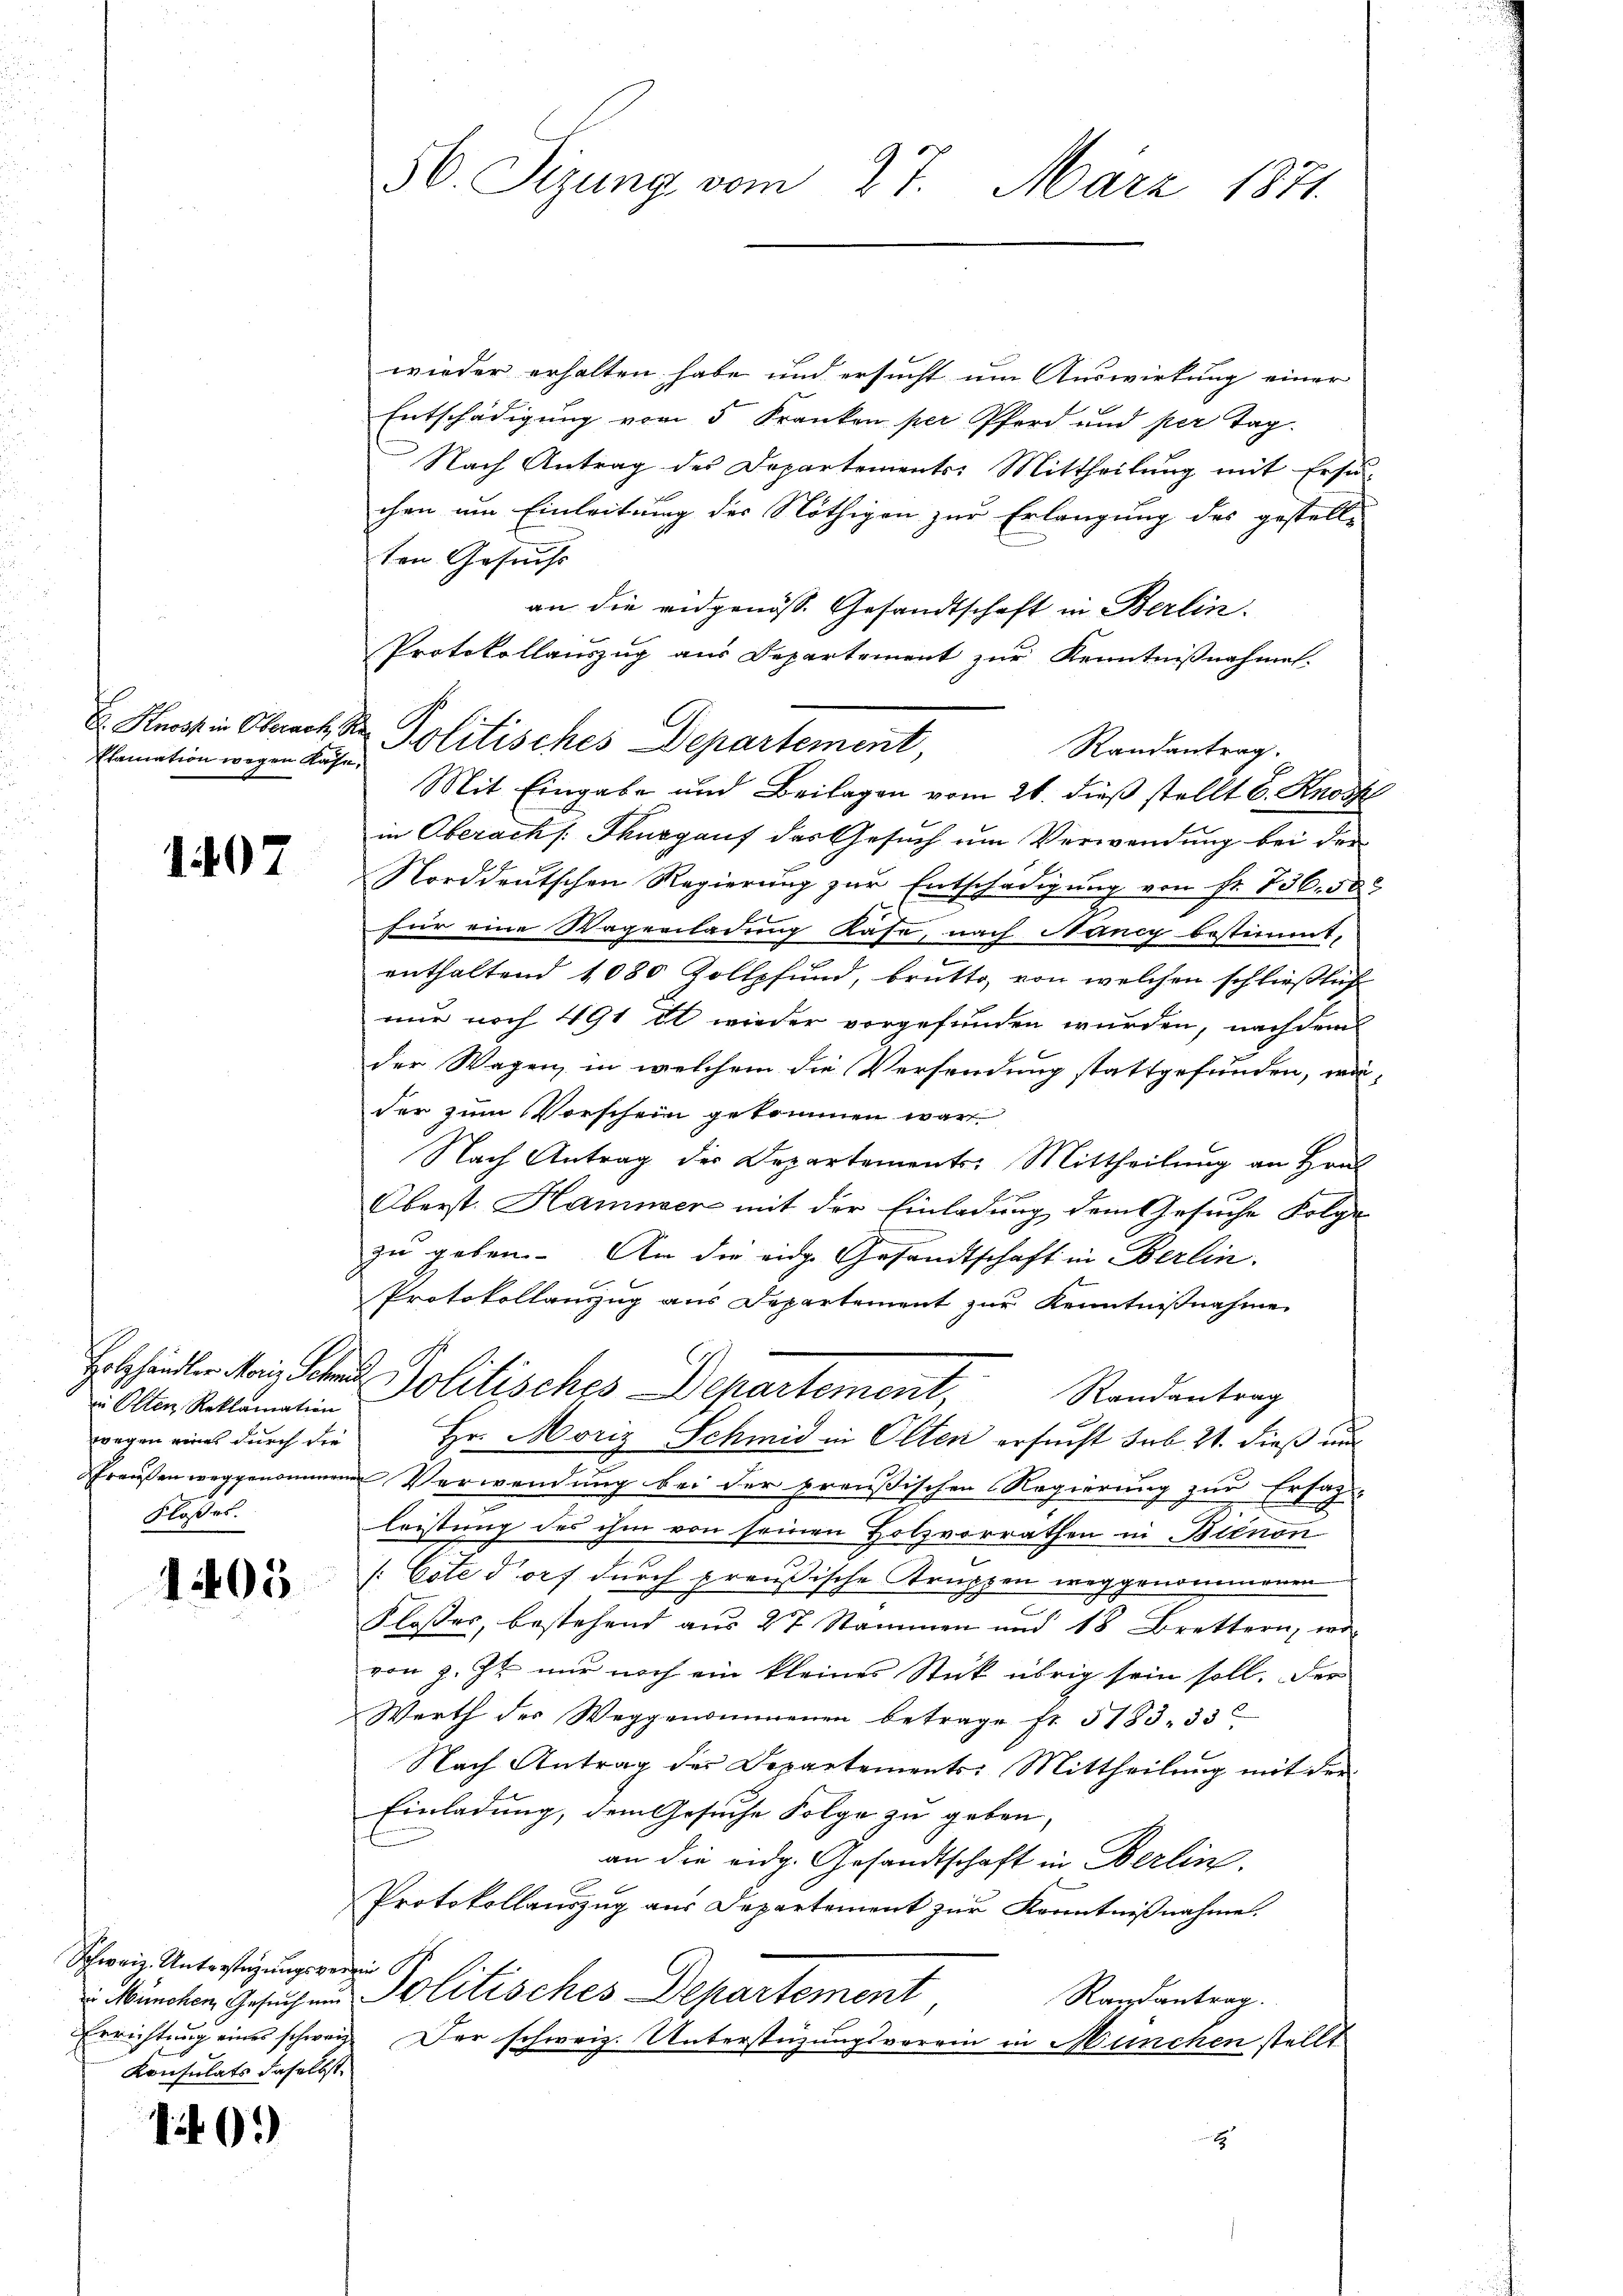
klamation wegen Kase,

1407

in Olten, Reklamation
wegen eines durch die
Spreußen weggenommene
Flosses.

1405

Schweiz. Unterstützungsverein
Errichtung eines schweize
Konsulats daselbst.

1405)

56 Sizung vom 27. März 1871

E. Strost in Oberach der Politisches Departement
Randantrag.

wieder erhalten habe und ersucht um Auswirkung einer
Entschädigung vom 5 Franken per Pferd und per Tag.
Nach Antrag des Departements: Mittheilung mit Ersu
chen um Einleitung des Nöthigen zur Erlangung des gestell-
ten Gesuchs
an die eidgenöss. Gesandtschaft in Berlin.
Protokollauszug aus Departement zur Kenntnißnahmen.
Mit Eingabe und Beilagen vom 21. dieß stellt C. Knoss
in Oberach /: Thurgauf das Gesuch um Verwendung bei der
Norddeutschen Regierŭng zur Entschädigŭng von Fr. 736. 52
für eine Wagenladung Kase, nach Manig bestimmt,
enthaltend 1080 Zollpfund, brutto, von welchen schließlich
nur noch 491 u wieder vorgefunden wurden, nachdem
der Wagen, in welchem die Versendung stattgefunden, wä-
der zum Vorschein gekommen war
Nach Antrag der Departements-Mittheilung an Hrn.
Oberst. Hammen mit der Einladung dem Gesuche Folge
zu geben. An die eige Gesandtschaft in Berlin.
Protokollauszug aus Departement zur Kenntnißnahme
Holzhändler Mai Schen Politisches Departement
Randantrag
Hr. Moriz Schmid in Olten ersucht sub 21. dieß und
Verwendung bei der preußischen Regierung zur Erfah-
leistung des ihm von seinen Holzvorrathen in Bienon
[Cote dorf durch preußische Truppen weggenommenen
Kloses, bestehend aus 27 Stammen und 18 Brettern, wo
von z. Zt. nur noch ein kleines Stück übrig sein soll. Der
Werth des Weggenommenen betrage fr. 5183. 33
Nach Antrag der Departements: Mittheilung mit der
Einladung, dem Gesuche Folge zu geben,
an die eidg. Gesandtschaft in Berlin.
Protokollaŭszŭg aŭs Departement zŭr Kenntnißnahme.
 München Gesuchen Politisches Departement,
Randantrag.
Der schweiz. Unterstüzungsvorrin in München stellt
xx